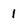
Character: 1